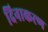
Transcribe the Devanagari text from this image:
दिनाकरण